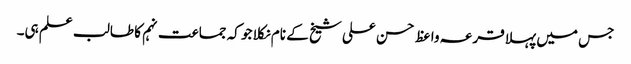
جس میں پہلا قرعہ واعظ حسن علی شیخ کے نام نکلا جو کہ جماعت نہم کا طالب علم ہی۔